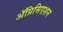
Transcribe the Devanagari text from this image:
ॲप्रिसिएशन